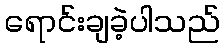
ရောင်းချခဲ့ပါသည်